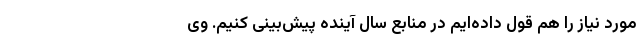
مورد نیاز را هم قول داده‌ایم در منابع سال آینده پیش‌بینی کنیم. وی